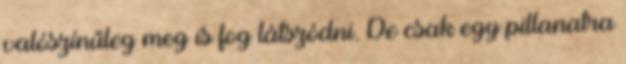
valószínűleg meg is fog látszódni. De csak egy pillanatra